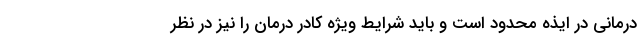
درمانی در ایذه محدود است و باید شرایط ویژه کادر درمان را نیز در نظر